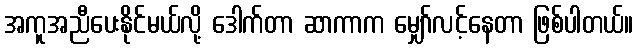
အကူအညီပေးနိုင်မယ်လို့ ဒေါက်တာ ဆာကာက မျှော်လင့်နေတာ ဖြစ်ပါတယ်။